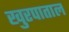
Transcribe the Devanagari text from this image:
खुरपाताल